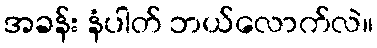
အခန်း နံပါတ် ဘယ်လောက်လဲ။